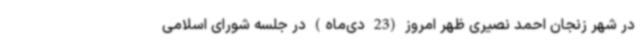
در شهر زنجان احمد نصیری ظهر امروز (23 دی‌ماه) در جلسه شورای اسلامی